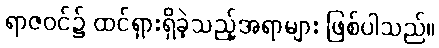
ရာဇဝင်၌ ထင်ရှားရှိခဲ့သည့်အရာများ ဖြစ်ပါသည်။